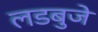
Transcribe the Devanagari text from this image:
लडबुजे